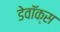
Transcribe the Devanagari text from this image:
डेवॉक्स